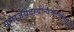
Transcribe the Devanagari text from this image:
संमार्जयेदस्थीन्यतोदेवेतिमंत्रतः